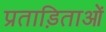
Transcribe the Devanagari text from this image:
प्रताड़िताओं